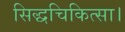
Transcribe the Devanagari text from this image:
सिद्धचिकित्सा।